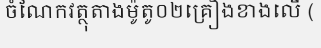
ចំណែកវត្ថុតាងម៉ូតូ០២គ្រឿងខាងលើ (